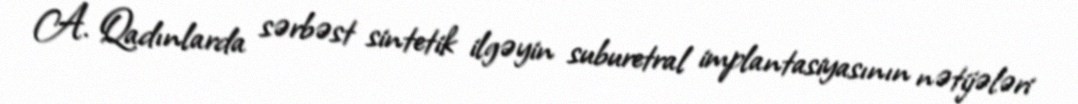
A. Qadınlarda sərbəst sintetik ilgəyin suburetral implantasiyasının nətijələri